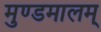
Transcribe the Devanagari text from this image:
मुण्डमालम्